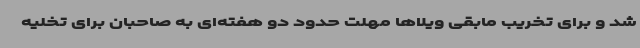
شد و برای تخریب مابقی ویلاها مهلت حدود دو هفته‌ای به صاحبان برای تخلیه